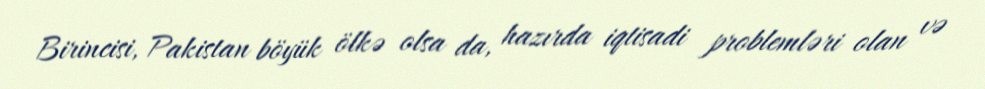
Birincisi, Pakistan böyük ölkə olsa da, hazırda iqtisadi problemləri olan və